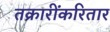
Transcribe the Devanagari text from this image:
तक्रारींकरितार